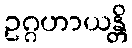
ဥဂ္ဂဟာယန္တိ